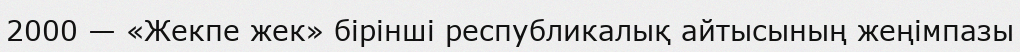
2000 — «Жекпе жек» бірінші республикалық айтысының жеңімпазы